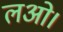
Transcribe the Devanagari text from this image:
लओ।